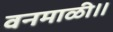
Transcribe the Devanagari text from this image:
वनमाळी॥